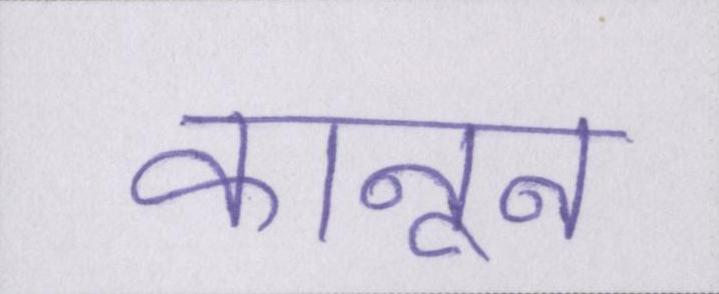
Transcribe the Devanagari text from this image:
कानून